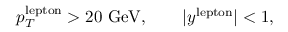
p _ { T } ^ { \mathrm { l e p t o n } } > 2 0 ~ \mathrm { G e V } , \qquad | y ^ { \mathrm { l e p t o n } } | < 1 ,